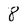
Character: 8